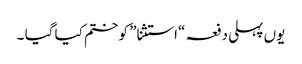
یوں پہلی دفعہ “استثنا” کو ختم کیا گیا ۔